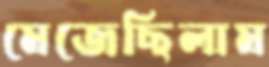
মেজেছিলাম